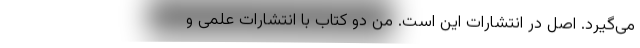
می‌‌گیرد. اصل در انتشارات این است. من دو کتاب با انتشارات علمی و